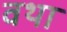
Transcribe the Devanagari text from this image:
वथा